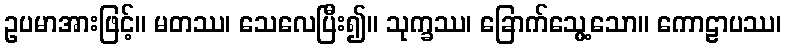
ဥပမာအားဖြင့်။ မတဿ၊ သေလေပြီး၍။ သုက္ခဿ၊ ခြောက်သွေ့သော။ ကောဠာပဿ၊